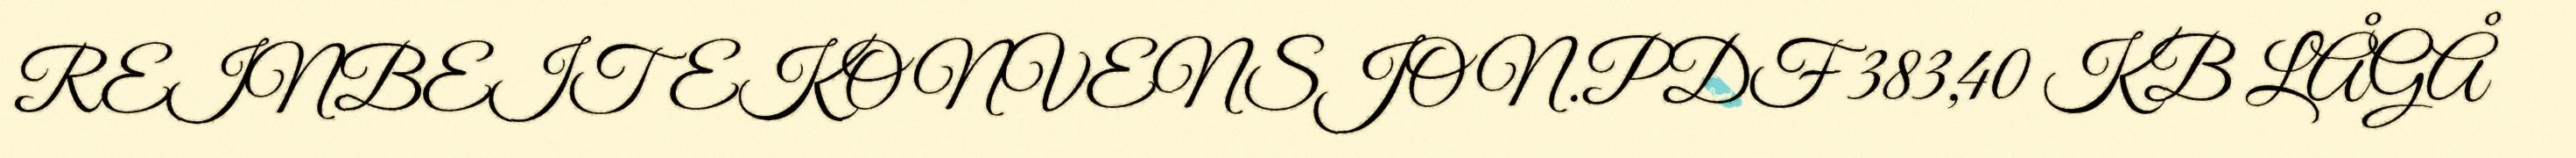
REINBEITEKONVENSJON.PDF 383,40 KB LÅGÅ